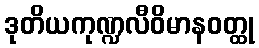
ဒုတိယကုဏ္ဍလီဝိမာနဝတ္ထု